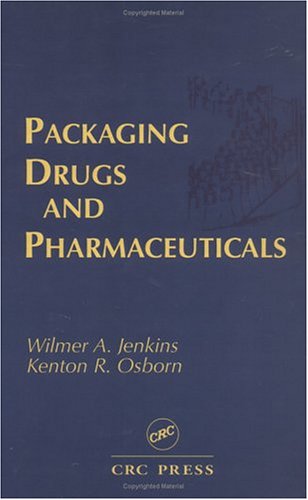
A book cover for Packaging Drugs & Pharmceuticals; Wilmer A. Jenkins; Medical Books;